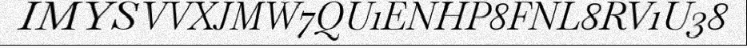
IMYSVVXJMW7QU1ENHP8FNL8RV1U38